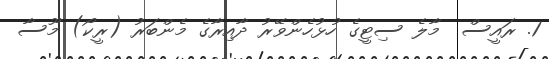
1. ރައީސް  މާލެ ސިޓީގެ ހުޅުހެންވޭރު ދާއިރާގެ މެންބަރު (ރީކޯ) މޫސާ